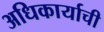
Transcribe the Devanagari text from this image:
अधिकार्याची